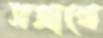
সপ্রাখে